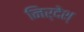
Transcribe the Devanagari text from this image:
निर्देश्